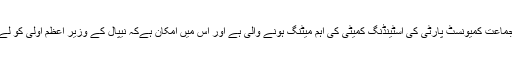
آج نیپال کی برسر اقتدار جماعت کمیونسٹ پارٹی کی اسٹینڈنگ کمیٹی کی اہم میٹنگ ہونے والی ہے اور اس میں امکان ہےکہ نیپال کے وزیر اعظم اولی کو لےکر فیصلہ لیا جاسکتا ہے۔